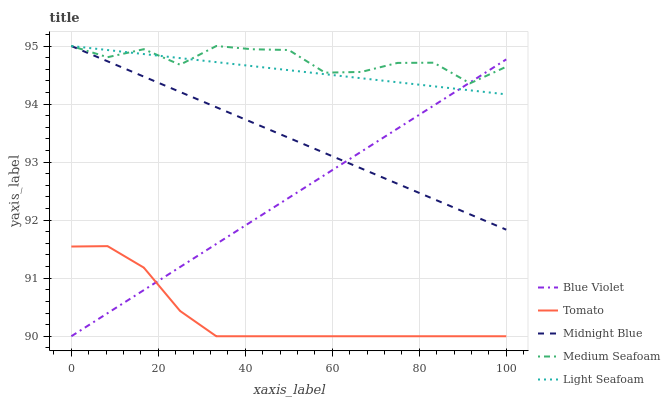
| xaxis_label | Blue Violet | Tomato | Midnight Blue | Medium Seafoam | Light Seafoam |
 | --- | --- | --- | --- | --- | --- |
 | 0 | 90 | 91.5 | 95 | 95 | 95 |
 | 8.33 | 90.4 | 91.6 | 94.7 | 94.8 | 94.9 |
 | 16.7 | 90.8 | 91.2 | 94.5 | 94.9 | 94.9 |
 | 25 | 91.2 | 90.4 | 94.2 | 94.7 | 94.8 |
 | 33.3 | 91.6 | 90 | 93.9 | 95 | 94.7 |
 | 41.7 | 92 | 90 | 93.7 | 94.9 | 94.7 |
 | 50 | 92.4 | 90 | 93.4 | 94.9 | 94.6 |
 | 58.3 | 92.8 | 90 | 93.2 | 94.5 | 94.5 |
 | 66.7 | 93.2 | 90 | 92.9 | 94.6 | 94.4 |
 | 75 | 93.6 | 90 | 92.6 | 94.7 | 94.4 |
 | 83.3 | 94 | 90 | 92.4 | 94.7 | 94.3 |
 | 91.7 | 94.4 | 90 | 92.1 | 94.4 | 94.2 |
 | 100 | 94.8 | 90 | 91.8 | 94.6 | 94.2 |